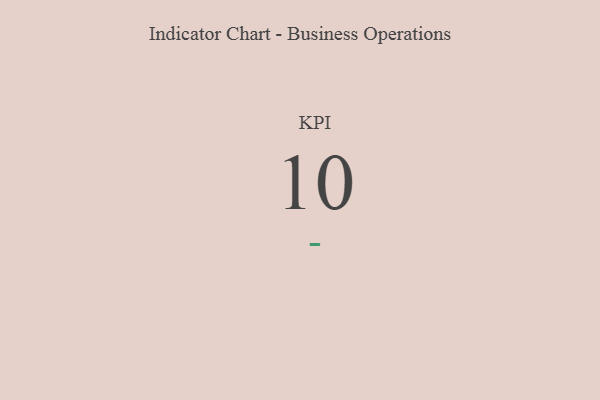
{"axis": {"x": "KPI", "y": "Value"}, "legend": [""], "data": [{"x": "KPI", "y": 10, "type": ""}]}